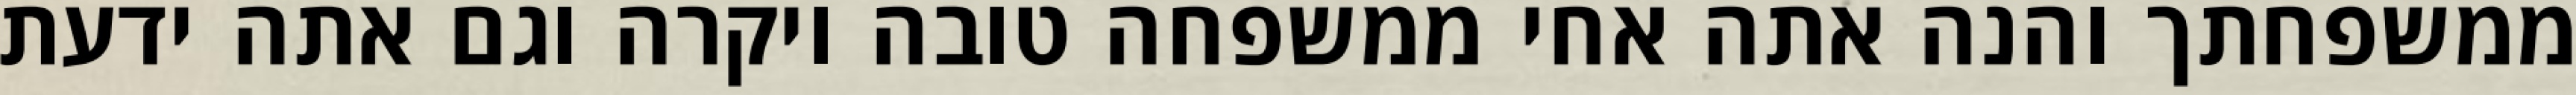
ממשפחתך והנה אתה אחי ממשפחה טובה ויקרה וגם אתה ידעת